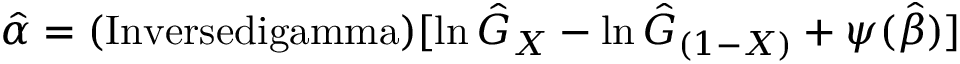
{ \hat { \alpha } } = ( \operatorname { I n v e r s e d i g a m m a } ) [ \ln { \hat { G } } _ { X } - \ln { \hat { G } } _ { ( 1 - X ) } + \psi ( { \hat { \beta } } ) ]